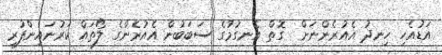
އަޑުއެހި ހިނދު އެއުރެންނަށް  ގޮތް އެނގުމުގެ ސަބަބުން އެއުރެންގެ ލޯތައް ކަރުނައިންފުރި